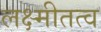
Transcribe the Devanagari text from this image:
लक्ष्मीतत्व